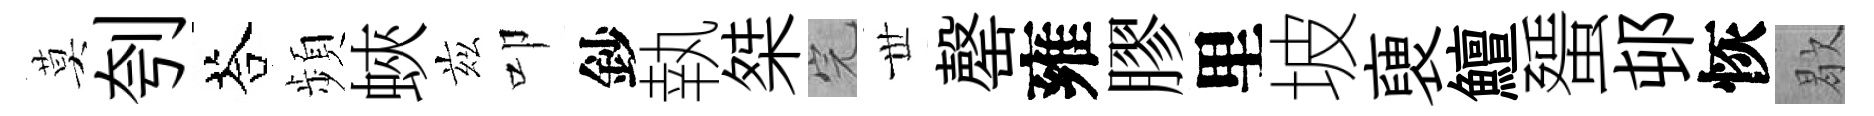
莫刳荅頻蛺兹叩鈔執桀完𠀍罄雍膠里坡褏鱣蜑邨恢歇